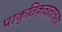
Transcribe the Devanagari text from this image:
प्राकृतिकवातावरण